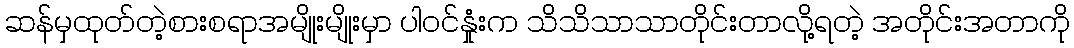
ဆန်မှထုတ်တဲ့စားစရာအမျိုးမျိုးမှာ ပါဝင်နှုံးက သိသိသာသာတိုင်းတာလို့ရတဲ့ အတိုင်းအတာကို